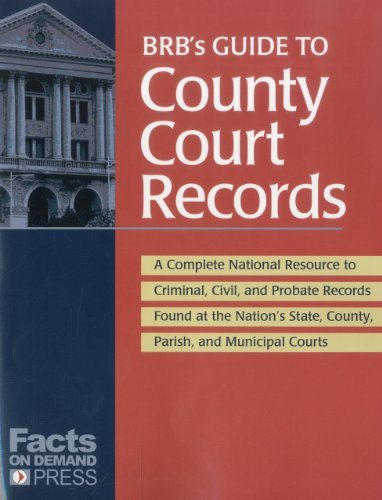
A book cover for BRB's Guide to County Court Records: A National Resource to Criminal, Civil, and Probate Records Found at the Nation's County, Parish, and Municipal Courts; Michael Sankey; Law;